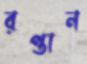
রপ্তান